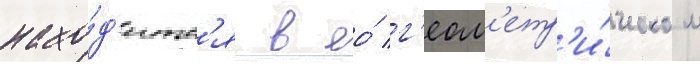
нахо́д'итс'я в ео́ г'еом'етр'и́ческом